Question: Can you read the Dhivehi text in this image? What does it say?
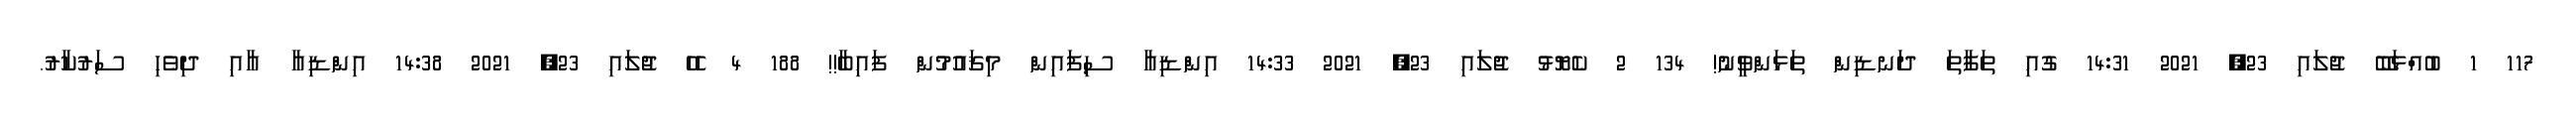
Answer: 117 1 ބުއްޅަބޭ ޖުލައި 23, 2021 14:31 ގުއި ތަފާތަ ދަނޑިން ތަޅަންވީނު! 134 2 ކެޔޮޅު ޖުލައި 23, 2021 14:33 އިންޑިއާ ސިފައިން މިޤައުމުން ފައިބާ!! 188 4 ހެހެ ޖުލައި 23, 2021 14:38 އިންޑިއާ އާއި ދިވެހި ސަރުކާރު.